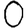
Digit: 0